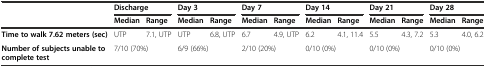
|  | <COLSPAN=2> Discharge | <COLSPAN=2> Day 3 | <COLSPAN=2> Day 7 | <COLSPAN=2> Day 14 | <COLSPAN=2> Day 21 | <COLSPAN=2> Day 28 |
 |  | Median | Range | Median | Range | Median | Range | Median | Range | Median | Range | Median | Range |
 | --- | --- | --- | --- | --- | --- | --- | --- | --- | --- | --- | --- | --- |
 | Time to walk 7.62 meters (sec) | UTP | 7.1, UTP | UTP | 6.8, UTP | 6.7 | 4.9, UTP | 6.2 | 4.1, 11.4 | 5.5 | 4.3, 7.2 | 5.3 | 4.0, 6.2 |
 | Number of subjects unable to complete test | <COLSPAN=2> 7/10 (70%) | <COLSPAN=2> 6/9 (66%) | <COLSPAN=2> 2/10 (20%) | <COLSPAN=2> 0/10 (0%) | <COLSPAN=2> 0/10 (0%) | <COLSPAN=2> 0/10 (0%) |